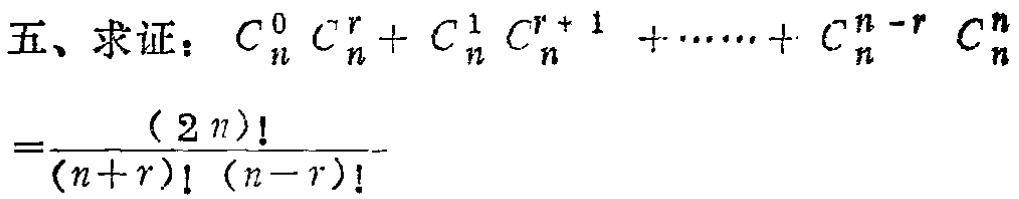
五、求证：\(C_{n}^{0}C_{n}^{r}+C_{n}^{1}C_{n}^{r + 1}+\cdots +C_{n}^{n - r}C_{n}^{n}=\frac{(2n)!}{(n + r)!(n - r)!}\)